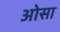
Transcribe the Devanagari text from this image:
ओसा